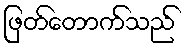
ဖြတ်တောက်သည်